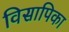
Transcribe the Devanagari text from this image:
विसापिका